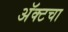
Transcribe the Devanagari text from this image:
अॅक्टचा